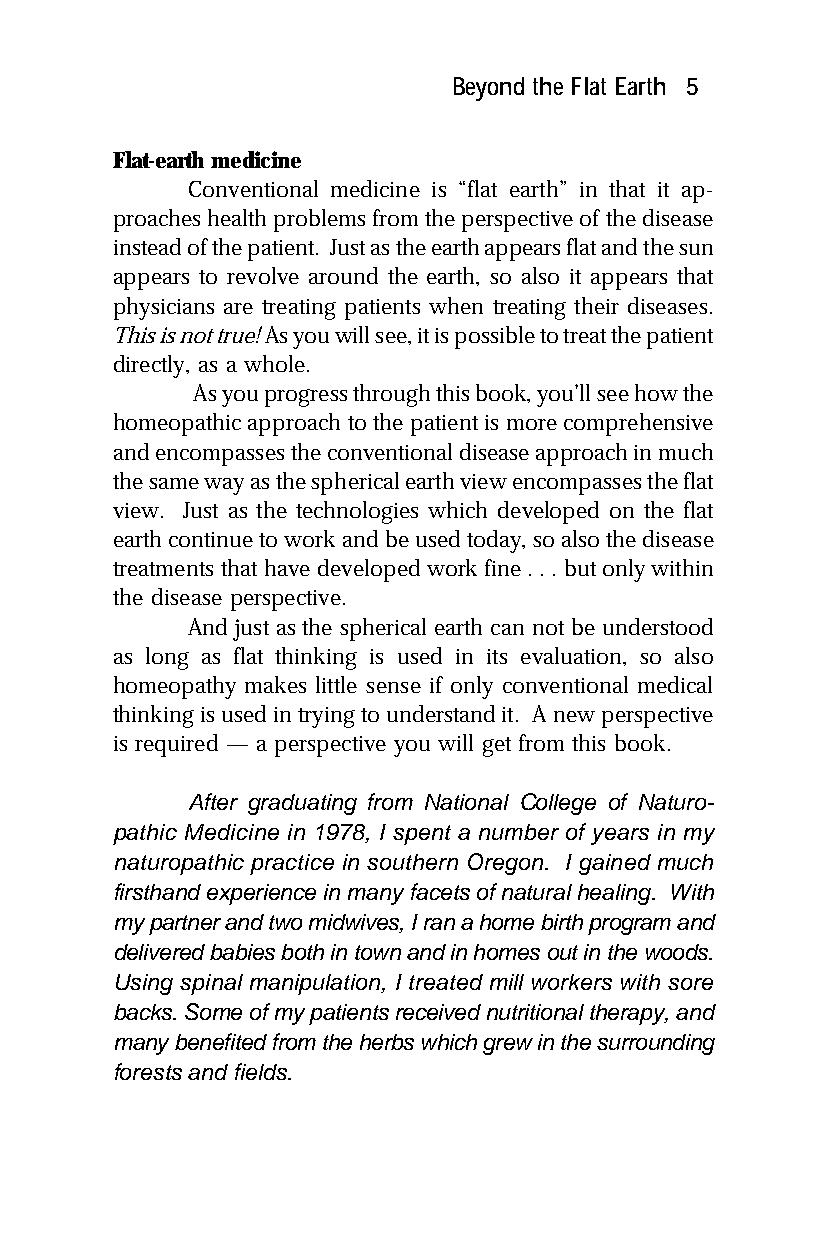
Beyond the Flat Earth 5
 Flat-earth medicine
 Conventional medicine is “flat earth” in that it ap-
 proaches health problems from the perspective of the disease
 instead of the patient. Just as the earth appears flat and the sun
 appears to revolve around the earth, so also it appears that
 physicians are treating patients when treating their diseases.
 This is not true! As you will see, it is possible to treat the patient
 directly, as a whole.
 As you progress through this book, you’ll see how the
 homeopathic approach to the patient is more comprehensive
 and encompasses the conventional disease approach in much
 the same way as the spherical earth view encompasses the flat
 view. Just as the technologies which developed on the flat
 earth continue to work and be used today, so also the disease
 treatments that have developed work fine . . . but only within
 the disease perspective.
 And just as the spherical earth can not be understood
 as long as flat thinking is used in its evaluation, so also
 homeopathy makes little sense if only conventional medical
 thinking is used in trying to understand it. A new perspective
 is required — a perspective you will get from this book.
 After graduating from National College of Naturo-
 pathic Medicine in 1978, I spent a number of years in my
 naturopathic practice in southern Oregon. I gained much
 firsthand experience in many facets of natural healing. With
 my partner and two midwives, I ran a home birth program and
 delivered babies both in town and in homes out in the woods.
 Using spinal manipulation, I treated mill workers with sore
 backs. Some of my patients received nutritional therapy, and
 many benefited from the herbs which grew in the surrounding
 forests and fields.